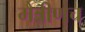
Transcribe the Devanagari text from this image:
मैत्रीणच